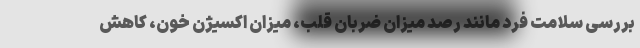
بررسی سلامت فرد مانند رصد میزان ضربان قلب، میزان اکسیژن خون، کاهش